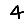
Digit: 4